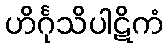
ဟိင်္ဂုသိပါဋိကံ